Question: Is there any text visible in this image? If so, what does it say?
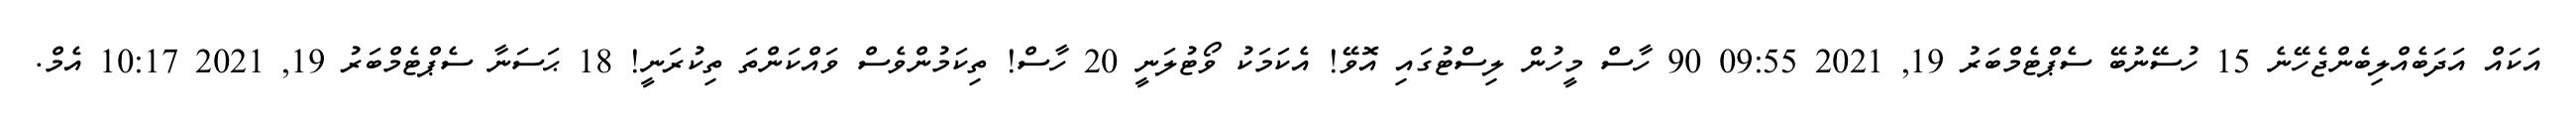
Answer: އަކައް އަދަބެއްލިބެންޖެހޭނެ 15 ހުސޭނުބޭ ސެޕްޓެމްބަރު 19, 2021 09:55 90 ހާސް މީހުން ލިސްޓުގައި އޮވޭ! އެކަމަކު ވޯޓުލަނީ 20 ހާސް! ތިކަމުންވެސް ވައްކަންތަ ތިކުރަނީ! 18 ޙަސަނާ ސެޕްޓެމްބަރު 19, 2021 10:17 އެމް.